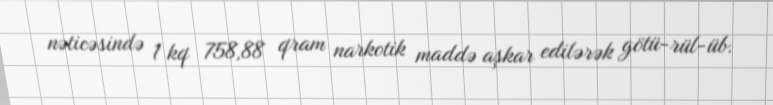
nəticəsində 1 kq 758,88 qram narkotik maddə aşkar edilərək götü­rül­üb.